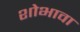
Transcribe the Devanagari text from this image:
शोभावा